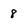
Character: 8